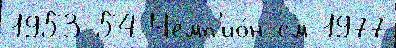
1953-54 Чемп'ио́н см 1977